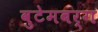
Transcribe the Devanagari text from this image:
वुटेमबर्ग